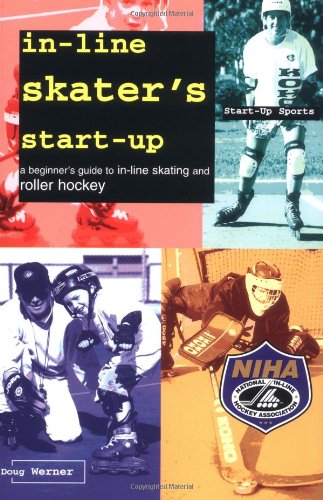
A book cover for In-Line Skater's Start-Up: A Beginner's Guide to In-Line Skating and Roller Hockey (Start-Up Sports series); Doug Werner; Sports & Outdoors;